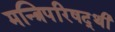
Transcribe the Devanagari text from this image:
मन्त्रिपरिषद्‍थी